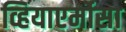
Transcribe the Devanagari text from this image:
व्हियाएर्मोसा